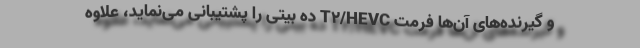
و گیرنده‌های آن‌ها فرمت T۲/HEVC ده بیتی را پشتیبانی می‌نماید، علاوه